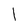
Character: 1